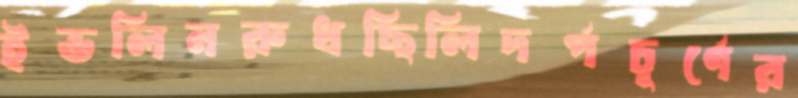
ইভলিনরুধছিলিদর্পচূর্ণের